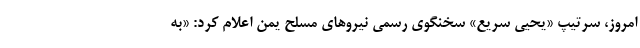
امروز، سرتیپ «یحیی سریع» سخنگوی رسمی نیروهای مسلح یمن اعلام کرد: «به